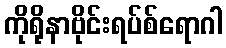
ကိုရိုနာဗိုင်းရပ်စ်ရောဂါ